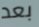
بعد